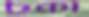
চুকা